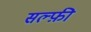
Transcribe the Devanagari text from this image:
सल्फ़ी